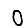
Digit: 0